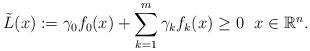
LaTeX: \begin{align*} \Tilde{L}(x):=\gamma_0f_0(x)+\sum\limits_{k=1}^m\gamma_kf_k(x)\ge0\ \ x\in\mathbb{R}^n.\end{align*}